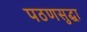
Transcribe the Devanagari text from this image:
पठणसुद्धा